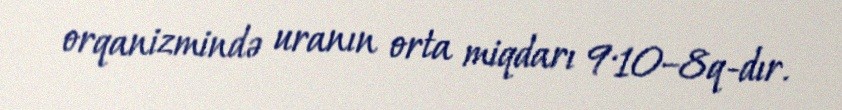
orqanizmində uranın orta miqdarı 9·10–8q-dır.